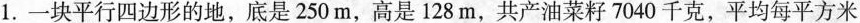
1.一块平行四边形的地，底是250m，高是128m，共产油菜籽7040千克，平均每平方米